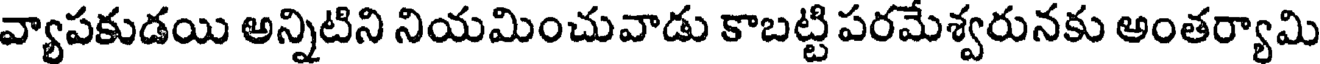
వ్యాపకుడయి అన్నిటిని నియమించువాడు కాబట్టి పరమేశ్వరునకు అంతర్యామి